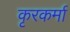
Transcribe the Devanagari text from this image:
कृरकर्मा